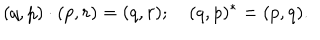
( q , p ) \cdot ( p , r ) = ( q , r ) ; \quad ( q , p ) ^ { * } = ( p , q ) .